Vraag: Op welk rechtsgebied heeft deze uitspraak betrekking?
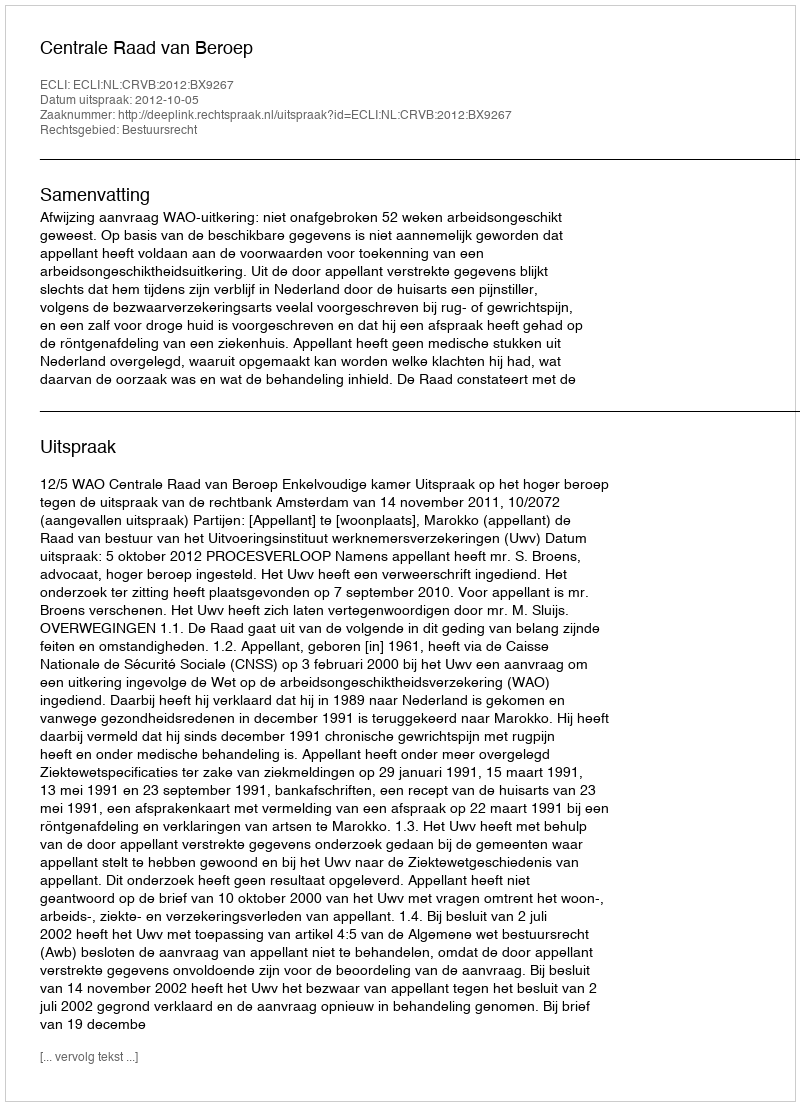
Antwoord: Bestuursrecht